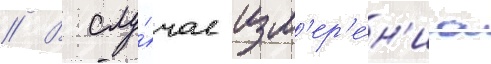
// В слу́чае изм'ер'е́н'иа